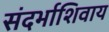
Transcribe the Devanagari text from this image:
संदर्भाशिवाय